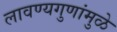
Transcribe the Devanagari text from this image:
लावण्यगुणांमुळे